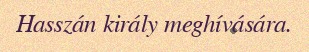
Hasszán király meghívására.